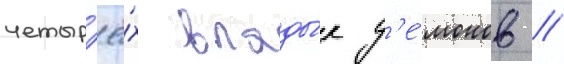
четыр'ё́х влады́к д'е́монов //